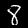
Label: 8